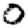
Digit: 0